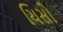
ચિસો